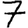
Digit: 7